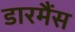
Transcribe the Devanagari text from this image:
डारमैंस